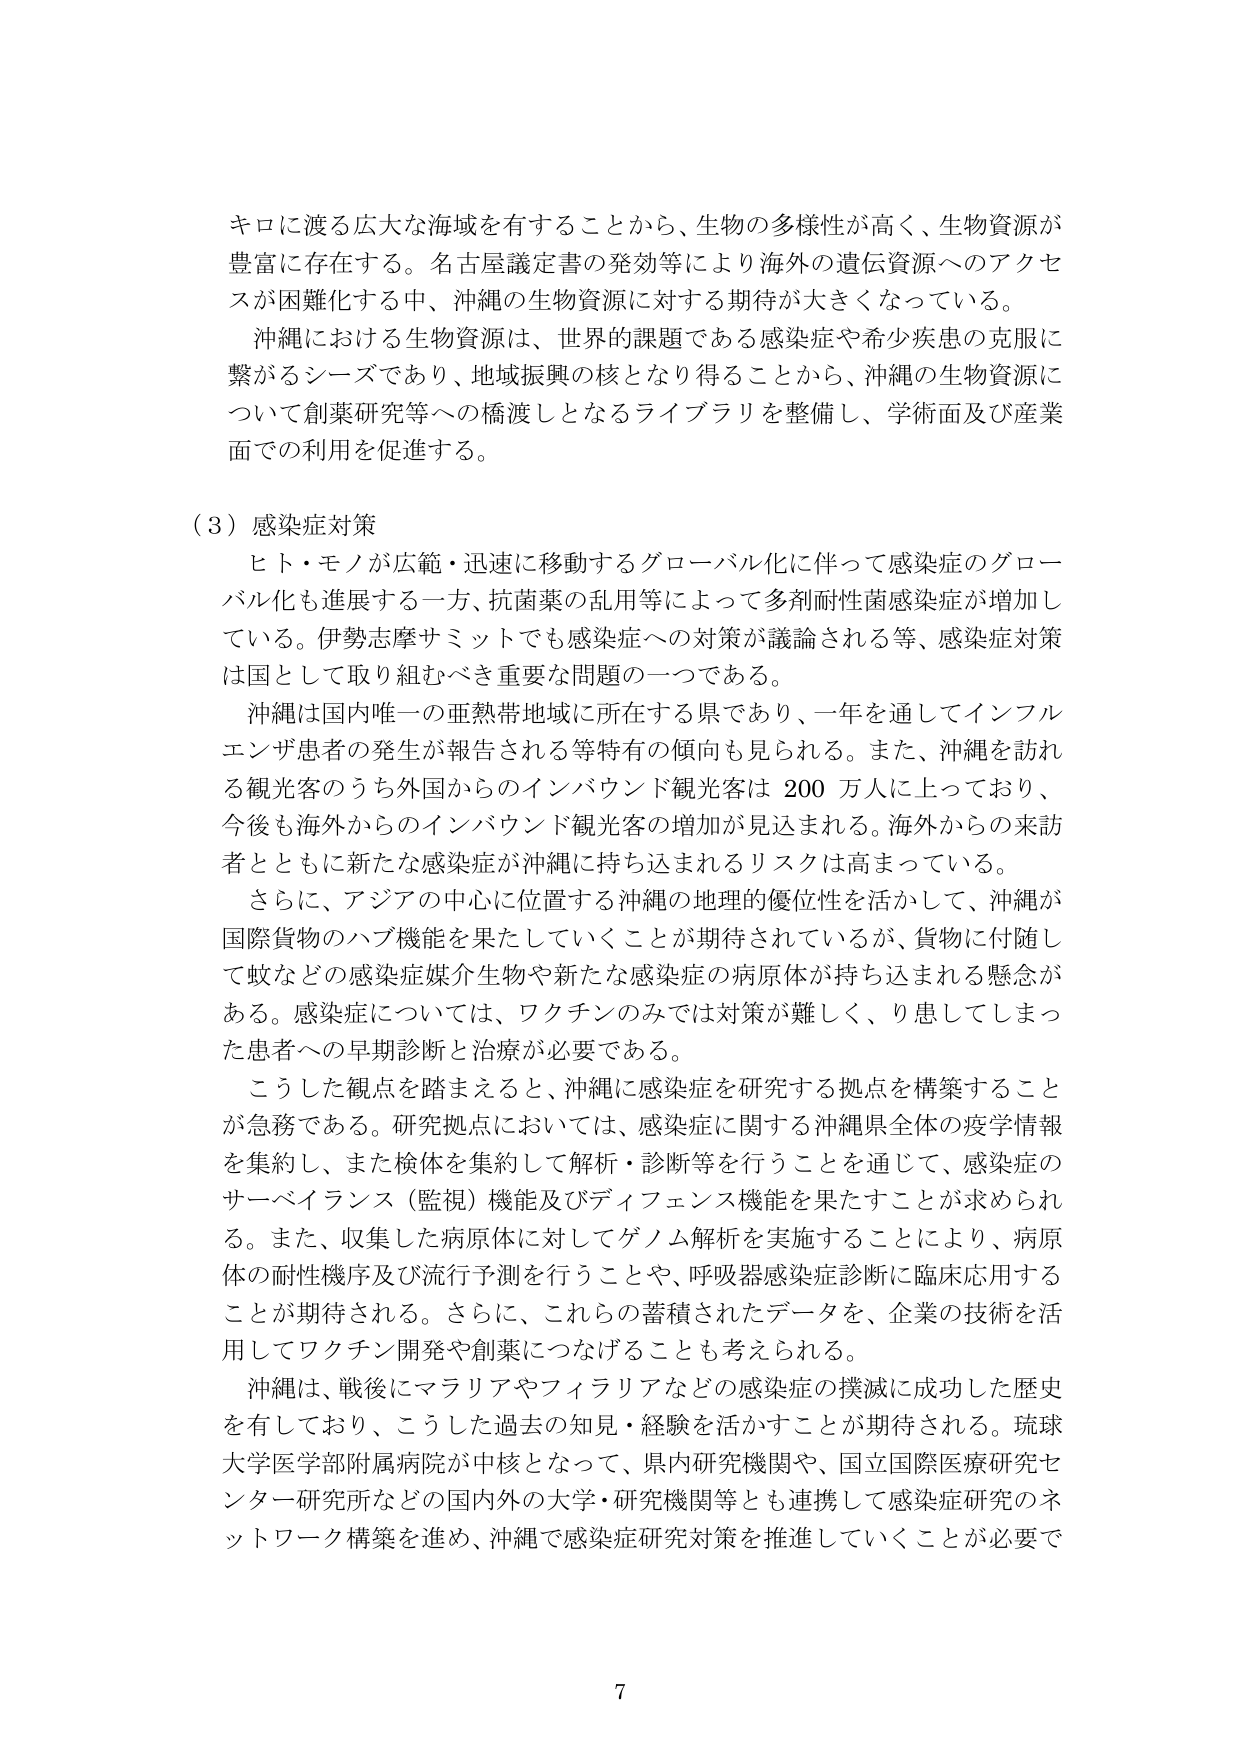
キロに渡る広大な海域を有することから、生物の多様性が高く、生物資源が豊富に存在する。名古屋議定書の発効等により海外の遺伝資源へのアクセスが困難化する中、沖縄の生物資源に対する期待が大きくなっている。

沖縄における生物資源は、世界的課題である感染症や希少疾患の克服に繋がるシーズであり、地域振興の核となり得ることから、沖縄の生物資源について創業研究等への橋渡しとなるライブラリを整備し、学術面及び産業面での利用を促進する。

（3）感染症対策

ヒト・モノが広範・迅速に移動するグローバル化に伴って感染症のグローバル化も進展する一方、抗菌薬の乱用等によって多剤耐性菌感染症が増加している。伊勢志摩サミットでも感染症への対策が議論される等、感染症対策は国として取り組むべき重要な問題の一つである。

沖縄は国内唯一の亜熱帯地域に所在する県であり、一年を通じてインフルエンザ患者の発生が報告される等特有の傾向も見られる。また、沖縄を訪れる観光客のうち外国からのインバウンド観光客は 200 万人に上っており、今後も海外からのインバウンド観光客の増加が見込まれる。海外からの来訪者とともに新たな感染症が沖縄に持ち込まれるリスクは高まっている。

さらに、アジアの中心に位置する沖縄の地理的優位性を活かして、沖縄が国際貨物のハブ機能を果たしていくことが期待されているが、貨物に付随して蚊などの感染症媒介生物や新たな感染症の病原体が持ち込まれる懸念がある。感染症については、ワクチンのみでは対策が難しく、り患してしまった患者への早期診断と治療が必要である。

こうした観点を踏まえると、沖縄に感染症を研究する拠点を構築することが急務である。研究拠点においては、感染症に関する沖縄県全体の疫学情報を集約し、また検体を集約して解析・診断等を行うことを通じて、感染症のサーベイランス（監視）機能及びディフェンス機能を果たすことが求められる。また、収集した病原体に対してゲノム解析を実施することにより、病原体の耐性機序及び流行予測を行うことや、呼吸器感染症診断に臨床応用することが期待される。さらに、これらの蓄積されたデータを、企業の技術を活用してワクチン開発や創業につなげることも考えられる。

沖縄は、戦後にマラリアやフィラリアなどの感染症の撲滅に成功した歴史を有しており、こうした過去の知見・経験を活かすことが期待される。琉球大学医学部附属病院が中核となって、県内研究機関や、国立国際医療研究センター研究所などの国内外の大学・研究機関等とも連携して感染症研究のネットワーク構築を進め、沖縄で感染症研究対策を推進していくことが必要で

7